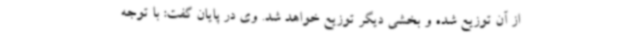
از آن توزیع شده و بخشی دیگر توزیع خواهد شد. وی در پایان گفت: با توجه